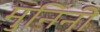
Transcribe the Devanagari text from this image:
मुनिंनी